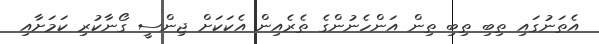
އެތަނުގައި ތިބި ތިބި ތިން އަންހެނުންގެ ތެރެއިން އެކަކަށް ޖިންސީ ގޯނާކުރި ކަމަށާއި